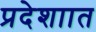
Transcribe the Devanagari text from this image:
प्रदेशाात